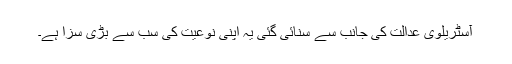
آسٹریلوی عدالت کی جانب سے سنائی گئی یہ اپنی نوعیت کی سب سے بڑی سزا ہے۔